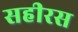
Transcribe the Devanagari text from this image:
सहीरस